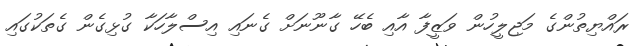
ރައްޔިތުންގެ މަޖިލީހުން ވަޒީފާ އާއި ބެހޭ ގާނޫނަށް ގެނައި އިސްލާހަކާ ގުޅިގެން ގެތަކުގައި